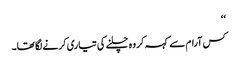
‘‘
کس آرام سے کہہ کر وہ چلنے کی تیاری کرنے لگا تھا۔